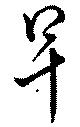
早